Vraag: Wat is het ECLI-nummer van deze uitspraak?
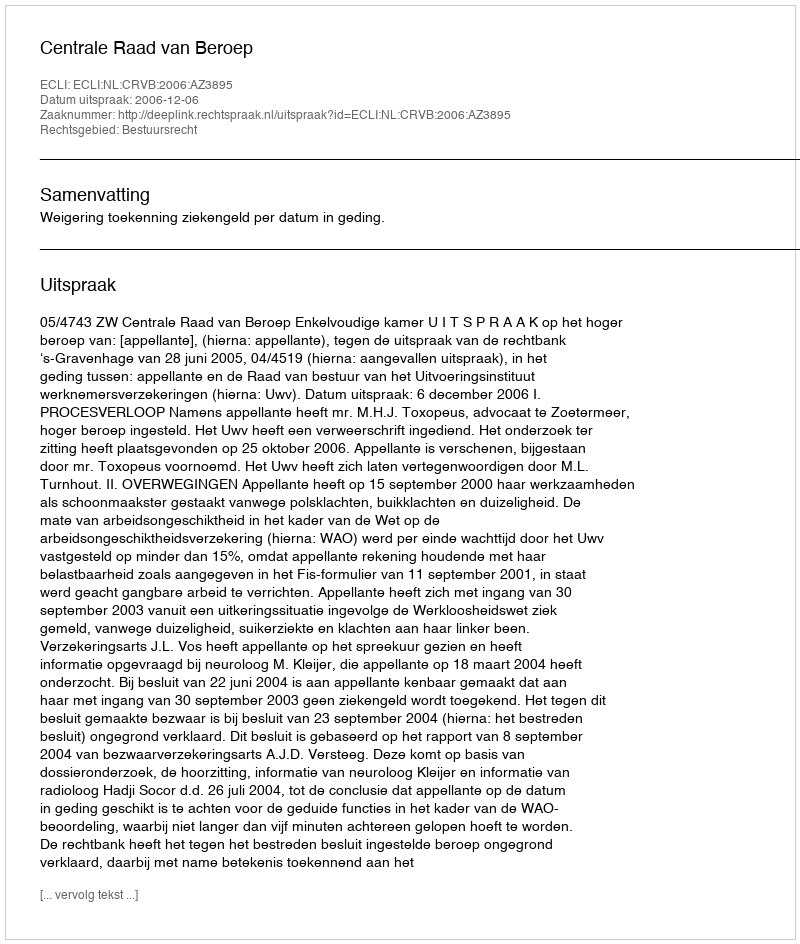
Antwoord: ECLI:NL:CRVB:2006:AZ3895